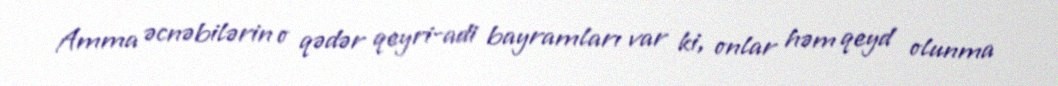
Amma əcnəbilərin o qədər qeyri-adi bayramları var ki, onlar həm qeyd olunma